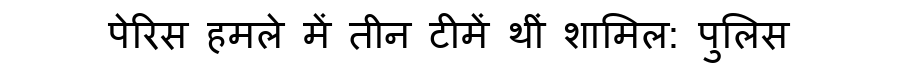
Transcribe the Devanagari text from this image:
पेरिस हमले में तीन टीमें थीं शामिल: पुलिस